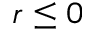
r \leq 0